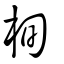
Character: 栒